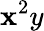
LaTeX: \mathbf{x}^{2}y